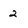
Character: 2